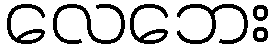
လေဘေး